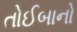
તોઈબાનો